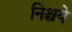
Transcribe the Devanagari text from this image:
निश्चये